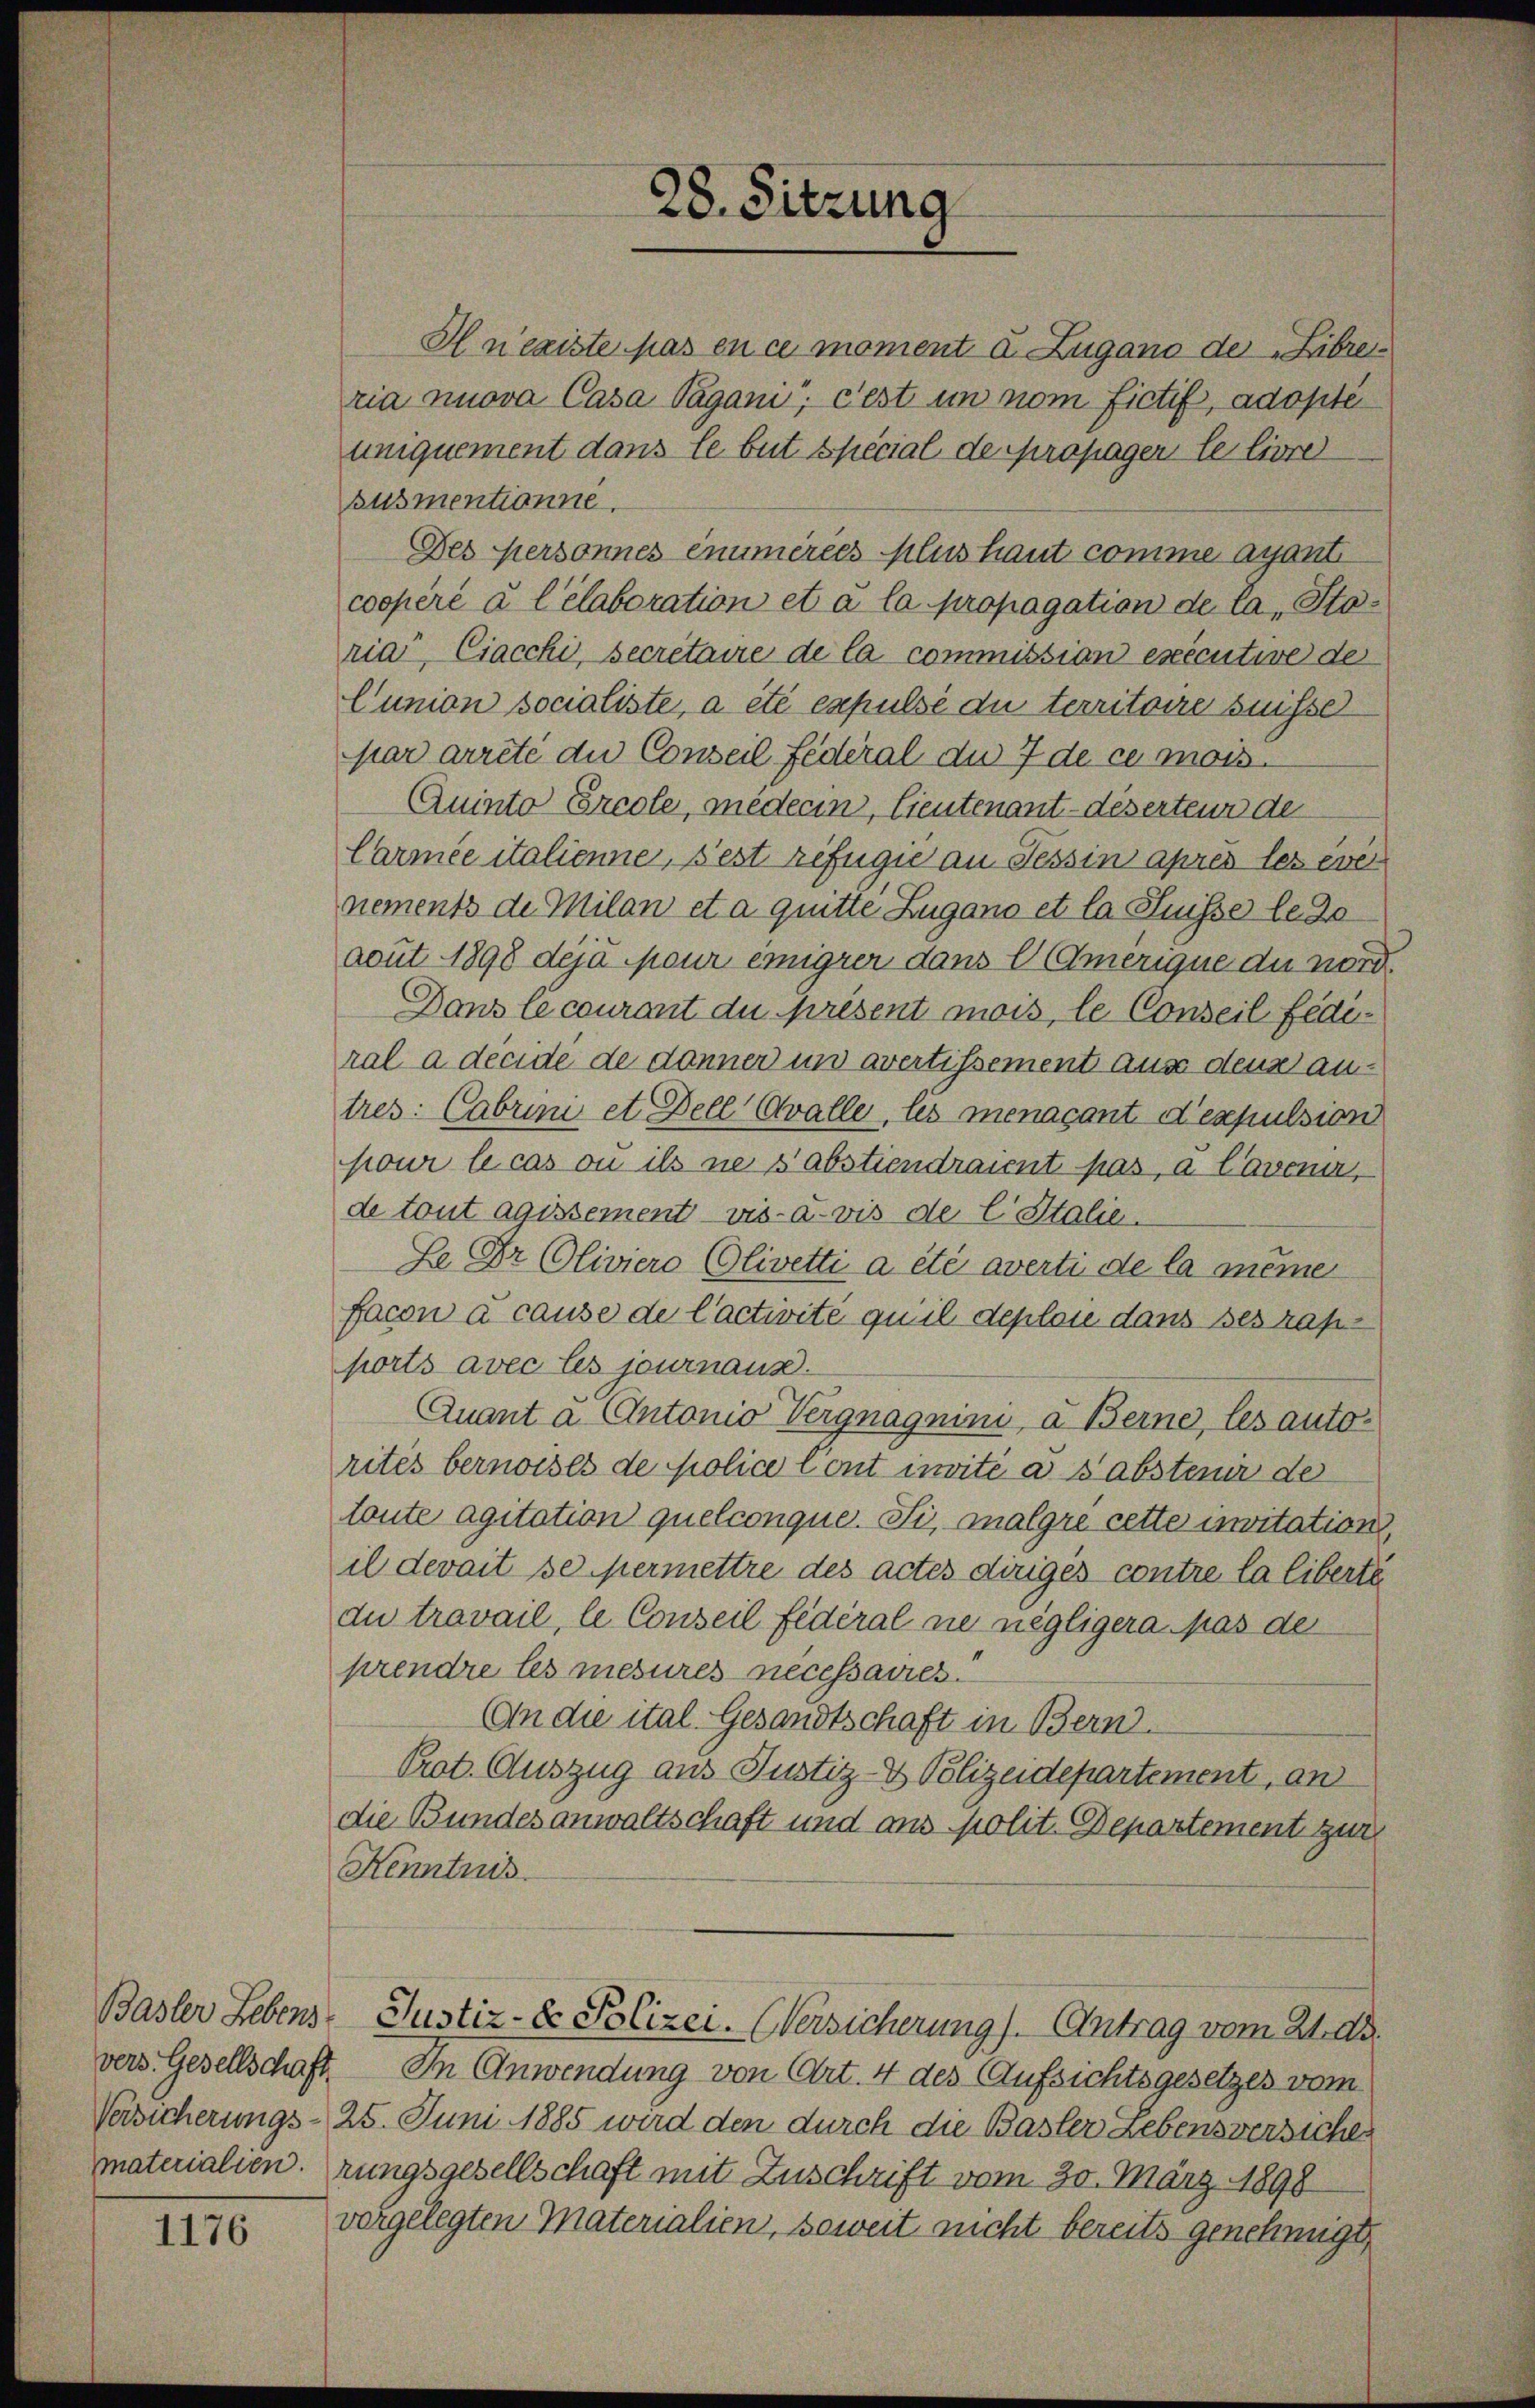
Basler Lebens

1176

Car arrête die Conseil Federal du 7 de ce mois
Quinto Ercole, medecin, lieutenant-deserteur der
Carmée italienne, sest zefügie an Tessin après les even
nements de Milan et à quitte Zugano et la Suisse le de
acut 1898 deja pour einigrer dans l(Amerique du nord
Dans le courant du présent mois, le Conseil Fediral a decide de danner und avertissement aus dens antres: Cabrini et Dell Cvalle, les menacant d’expulsion
pour le cas ou ils ne s’abstiendraient pas, à lavenir,
de tout agissement - vis-à-vis de l. Stalie
Le Dr. Oliviero (Olivetti a été averti de la meine
facon à cause de l’activité qu’il deploie dans ses rap-
ports avec les journaux.
Quant a Antonio Vergnagnini, à Berne, les autorites bernoises de police Cont invité à sabstenir der
toute agitation quelconque. Si, malgré cette invitation
il devait se permettre des actes diriges contre la liberté
du travail, le Conseil fédéral ne negligera pas de
prendre les mesures nécessames.
An die ital. Gesandtschaft in Bern.
Prot. Auszug aus Justiz- & Polizeidepartement, an
die Bundesanwaltschaft und aus polit. Departement zur
Kenntnis.
Justiz- & Polizei- Versicherung). Antrag vom 21. ds.
vers. Gesellschaft. In Anwendung von Art. 4 des Aufsichtsgesetzes vom
Versicherungs- 25. Juni 1885 wird den durch die Basler Lebensversiches
materialien, rungsgesellschaft mit Zuschrift vom 30. März 1898
vorgelegten Materialien, soweit nicht bereits genehmigt,

28. Sitzung

H nexiste pas en ce moment u. Zugano der „Libreria nuova Casa Pagani; c’est im vom fictif, adopté
uniquement dans le but spécial de propager le livre
susmentionne.
Des Hersonnes énumérées plus haut comme ayant
coopéré à l’élaboration et à la propagation de la Storia, Ciacchi, secretaire de la commission executive der
Cunion socialiste, a été expulse du territoire suisse